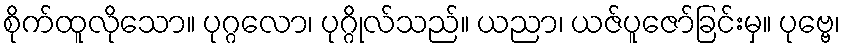
စိုက်ထူလိုသော။ ပုဂ္ဂလော၊ ပုဂ္ဂိုလ်သည်။ ယညာ၊ ယဇ်ပူဇော်ခြင်းမှ။ ပုဗ္ဗေ၊